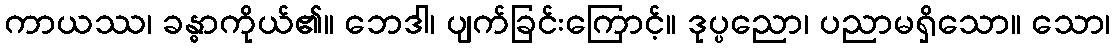
ကာယဿ၊ ခန္ဓာကိုယ်၏။ ဘေဒါ၊ ပျက်ခြင်းကြောင့်။ ဒုပ္ပညော၊ ပညာမရှိသော။ သော၊